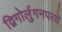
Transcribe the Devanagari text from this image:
द्विगोर्लुगनपत्ये